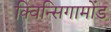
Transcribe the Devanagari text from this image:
क्विन्सिगामोंड